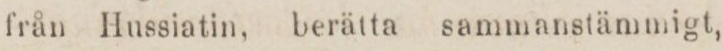
från Hussiatin, berätta sammanstämmigt,